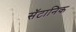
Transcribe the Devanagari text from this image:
सॅटानिक